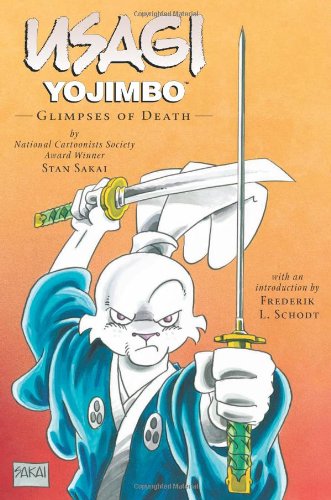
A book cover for Usagi Yojimbo Volume 20: Glimpses Of Death (Usagi Yojimbo (Dark Horse)); Stan Sakai; Teen & Young Adult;